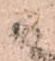
ま